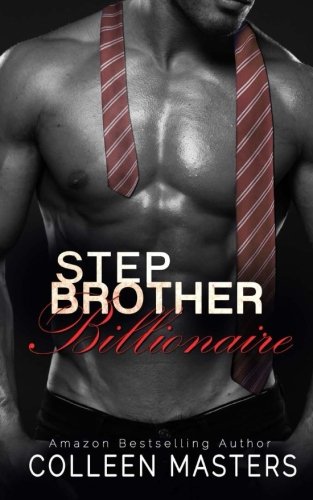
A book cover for Stepbrother Billionaire; Colleen Masters; Romance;